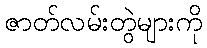
ဇာတ်လမ်းတွဲများကို